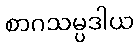
စာဂသမ္ပဒါယ